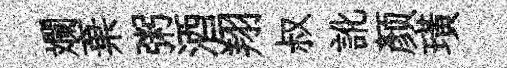
斕棄粥酒翔叔訛颜璜